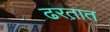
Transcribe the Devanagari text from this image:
ढरतात